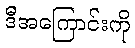
ဒီအကြောင်းကို